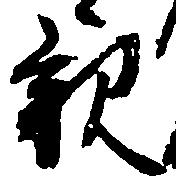
親